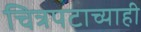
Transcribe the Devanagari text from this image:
चित्रपटाच्याही